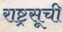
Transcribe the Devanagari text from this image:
राष्ट्रसूची